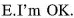
E.I'm OK.